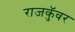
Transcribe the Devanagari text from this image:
राजकुॅवर